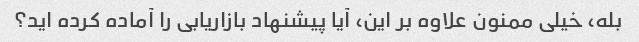
بله، خیلی ممنون علاوه بر این، آیا پیشنهاد بازاریابی را آماده کرده اید؟